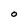
Character: O